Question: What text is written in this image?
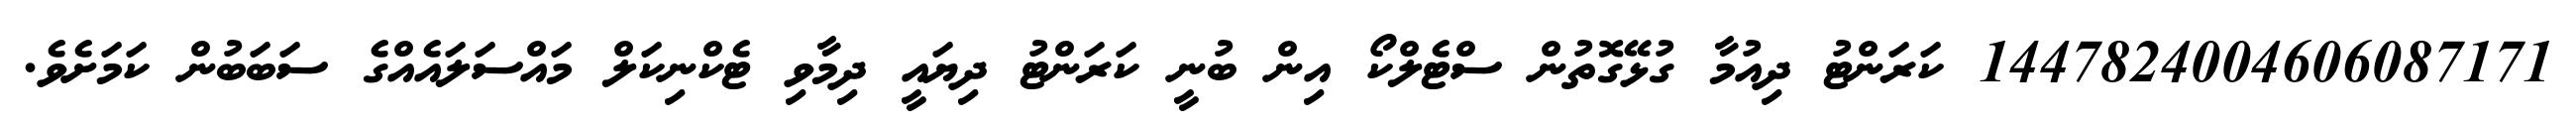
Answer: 1447824004606087171 ކަރަންޓު ދިއުމާ ގުޅޭގޮތުން ސްޓެލްކޯ އިން ބުނީ ކަރަންޓު ދިޔައީ ދިމާވި ޓެކްނިކަލް މައްސަލައެއްގެ ސަބަބުން ކަމަށެވެ.